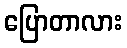
ပြောတာလား